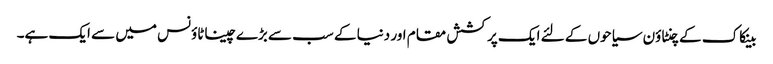
بینکاک کے چنٹاؤن سیاحوں کے لئے ایک پرکشش مقام اور دنیا کے سب سے بڑے چیناٹاؤنس میں سے ایک ہے۔